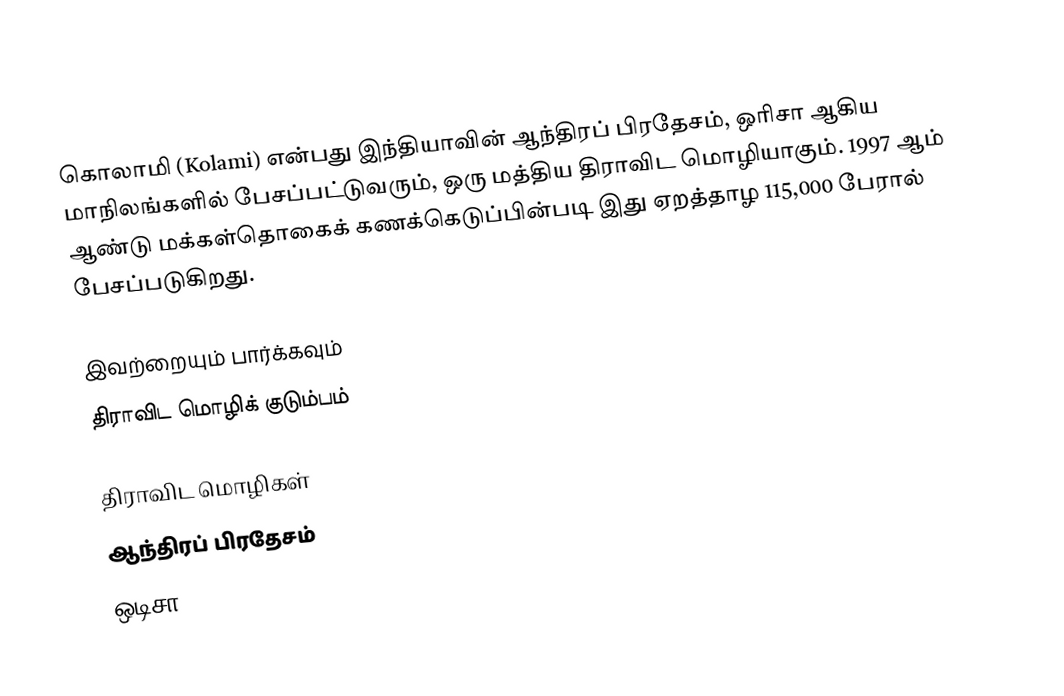
கொலாமி (Kolami) என்பது இந்தியாவின் ஆந்திரப் பிரதேசம், ஒரிசா ஆகிய மாநிலங்களில் பேசப்பட்டுவரும், ஒரு மத்திய திராவிட மொழியாகும். 1997 ஆம் ஆண்டு மக்கள்தொகைக் கணக்கெடுப்பின்படி இது ஏறத்தாழ 115,000 பேரால் பேசப்படுகிறது.

இவற்றையும் பார்க்கவும்
 திராவிட மொழிக் குடும்பம்

திராவிட மொழிகள்
ஆந்திரப் பிரதேசம்
ஒடிசா